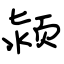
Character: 颍